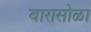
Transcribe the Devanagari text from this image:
बारासोळा